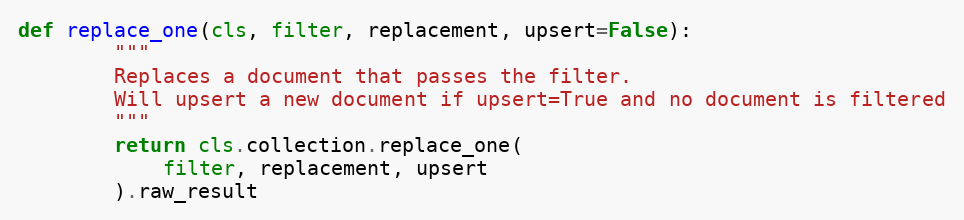
Language: Python
def replace_one(cls, filter, replacement, upsert=False):
        """
        Replaces a document that passes the filter.
        Will upsert a new document if upsert=True and no document is filtered
        """
        return cls.collection.replace_one(
            filter, replacement, upsert
        ).raw_result